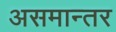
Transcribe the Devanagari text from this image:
असमान्तर